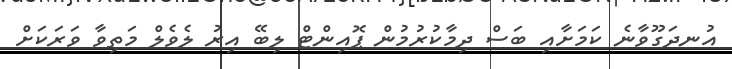
އުނދަގޫވާނެ ކަމަށާއި ބަސް ދިމާކުރުމުން ޕޮއިންޓް ލިބޭ އިރު ލެވެލް މަތިވާ ވަރަކަށް